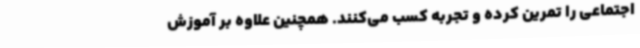
اجتماعی را تمرین کرده و تجربه کسب می‌کنند. همچنین علاوه بر آموزش